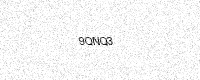
Text: 9QNQ3